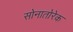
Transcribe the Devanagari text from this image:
सोनातोरेक